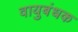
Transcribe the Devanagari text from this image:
वायुबंधक